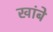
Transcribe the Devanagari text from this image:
खांबे